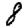
Digit: 8